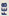
FEB